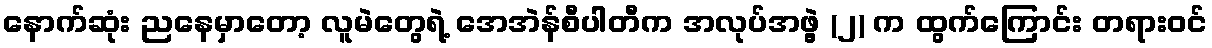
နောက်ဆုံး ညနေမှာတော့ လူမဲတွေရဲ့ အေအဲန်စီပါတီက အလုပ်အဖွဲ့ (၂) က ထွက်ကြောင်း တရားဝင်